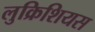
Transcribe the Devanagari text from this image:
लुक्रिशियस